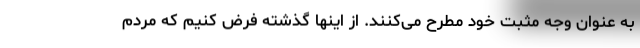
به عنوان وجه مثبت خود مطرح می‌کنند. از اینها گذشته فرض کنیم که مردم